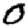
Digit: 0